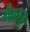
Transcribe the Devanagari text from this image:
मेंबहुत